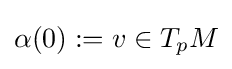
\alpha (0):=v\in T_{p}M